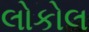
લોકોલ